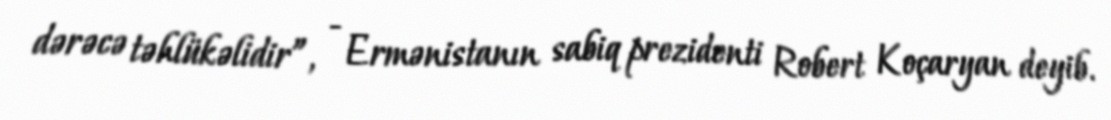
dərəcə təhlükəlidir”, - Ermənistanın sabiq prezidenti Robert Koçaryan deyib.